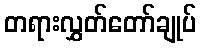
တရားလွှတ်တော်ချုပ်